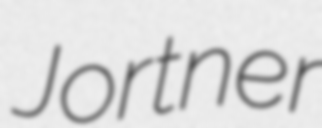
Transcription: Jortner